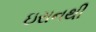
ઇરાનથી